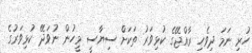
ހުރި ނަމަ ދިވެހި ރާއްޖޭގެ ކުޅިވަރު ތަކަށް ސިޔާސީ މީހުން ނުވަދޭ ކުޅިވަރުގެ